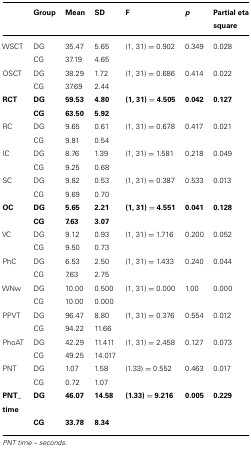
<table><thead><tr><td></td><td><b>Group</b></td><td><b>Mean</b></td><td><b>SD</b></td><td><b>F</b></td><td><b><i>p</i></b></td><td><b>Partial eta square</b></td></tr></thead><tbody><tr><td>WSCT</td><td>DG</td><td>35.47</td><td>5.65</td><td>(1, 31) = 0.902</td><td>0.349</td><td>0.028</td></tr><tr><td></td><td>CG</td><td>37.19</td><td>4.65</td><td></td><td></td><td></td></tr><tr><td>OSCT</td><td>DG</td><td>38.29</td><td>1.72</td><td>(1, 31) = 0.686</td><td>0.414</td><td>0.022</td></tr><tr><td></td><td>CG</td><td>37.69</td><td>2.44</td><td></td><td></td><td></td></tr><tr><td><b>RCT</b></td><td><b>DG</b></td><td><b>59.53</b></td><td><b>4.80</b></td><td><b>(1, 31) = 4.505</b></td><td><b>0.042</b></td><td><b>0.127</b></td></tr><tr><td></td><td><b>CG</b></td><td><b>63.50</b></td><td><b>5.92</b></td><td></td><td></td><td></td></tr><tr><td>RC</td><td>DG</td><td>9.65</td><td>0.61</td><td>(1, 31) = 0.678</td><td>0.417</td><td>0.021</td></tr><tr><td></td><td>CG</td><td>9.81</td><td>0.54</td><td></td><td></td><td></td></tr><tr><td>IC</td><td>DG</td><td>8.76</td><td>1.39</td><td>(1, 31) = 1.581</td><td>0.218</td><td>0.049</td></tr><tr><td></td><td>CG</td><td>9.25</td><td>0.68</td><td></td><td></td><td></td></tr><tr><td>SC</td><td>DG</td><td>9.82</td><td>0.53</td><td>(1, 31) = 0.387</td><td>0.533</td><td>0.013</td></tr><tr><td></td><td>CG</td><td>9.69</td><td>0.70</td><td></td><td></td><td></td></tr><tr><td><b>OC</b></td><td><b>DG</b></td><td><b>5.65</b></td><td><b>2.21</b></td><td><b>(1, 31) = 4.551</b></td><td><b>0.041</b></td><td><b>0.128</b></td></tr><tr><td></td><td><b>CG</b></td><td><b>7.63</b></td><td><b>3.07</b></td><td></td><td></td><td></td></tr><tr><td>VC</td><td>DG</td><td>9.12</td><td>0.93</td><td>(1, 31) = 1.716</td><td>0.200</td><td>0.052</td></tr><tr><td></td><td>CG</td><td>9.50</td><td>0.73</td><td></td><td></td><td></td></tr><tr><td>PhC</td><td>DG</td><td>6.53</td><td>2.50</td><td>(1, 31) = 1.433</td><td>0.240</td><td>0.044</td></tr><tr><td></td><td>CG</td><td>7.63</td><td>2.75</td><td></td><td></td><td></td></tr><tr><td>WNw</td><td>DG</td><td>10.00</td><td>0.500</td><td>(1, 31) = 0.000</td><td>1.00</td><td>0.000</td></tr><tr><td></td><td>CG</td><td>10.00</td><td>0.000</td><td></td><td></td><td></td></tr><tr><td>PPVT</td><td>DG</td><td>96.47</td><td>8.80</td><td>(1, 31) = 0.376</td><td>0.554</td><td>0.012</td></tr><tr><td></td><td>CG</td><td>94.22</td><td>11.66</td><td></td><td></td><td></td></tr><tr><td>PhoAT</td><td>DG</td><td>42.29</td><td>11.411</td><td>(1, 31) = 2.458</td><td>0.127</td><td>0.073</td></tr><tr><td></td><td>CG</td><td>49.25</td><td>14.017</td><td></td><td></td><td></td></tr><tr><td>PNT</td><td>DG</td><td>1.07</td><td>1.58</td><td>(1.33) = 0.552</td><td>0.463</td><td>0.017</td></tr><tr><td></td><td>CG</td><td>0.72</td><td>1.07</td><td></td><td></td><td></td></tr><tr><td><b>PNT_time</b></td><td><b>DG</b></td><td><b>46.07</b></td><td><b>14.58</b></td><td><b>(1.33) = 9.216</b></td><td><b>0.005</b></td><td><b>0.229</b></td></tr><tr><td></td><td><b>CG</b></td><td><b>33.78</b></td><td><b>8.34</b></td><td></td><td></td><td></td></tr></tbody></table>